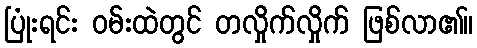
ပြုံးရင်း ဝမ်းထဲတွင် တလှိုက်လှိုက် ဖြစ်လာ၏။